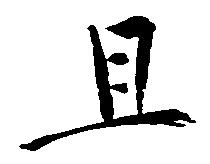
且